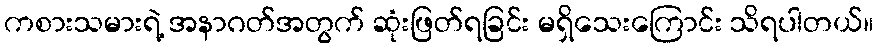
ကစားသမားရဲ့ အနာဂတ်အတွက် ဆုံးဖြတ်ရခြင်း မရှိသေးကြောင်း သိရပါတယ်။